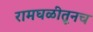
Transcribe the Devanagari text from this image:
रामघळीतूनच